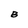
Character: B